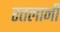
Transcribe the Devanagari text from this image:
रतलानी